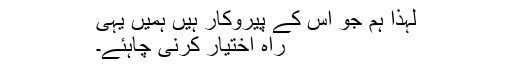
لہٰذا ہم جو اس کے پیروکار ہیں ہمیں یہی
راہ اختیار کرنی چاہئے۔